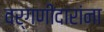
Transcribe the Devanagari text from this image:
वर्गणीदारांना